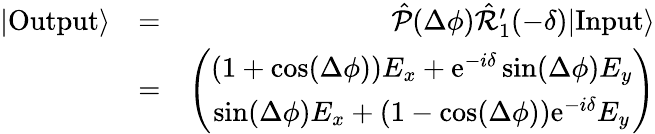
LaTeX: \begin{array}{rlr}{|\mathrm{Output}\rangle}&{=}&{\hat{\mathcal{P}}(\Delta\phi)\hat{\mathcal{R}}_{1}^{\prime}(-\delta)|\mathrm{Input}\rangle}\\ &{=}&{\left(\begin{array}{c}{(1+\cos(\Delta\phi))E_{x}+\mathrm{e}^{-i\delta}\sin(\Delta\phi)E_{y}}\\ {\sin(\Delta\phi)E_{x}+(1-\cos(\Delta\phi))\mathrm{e}^{-i\delta}E_{y}}\end{array}\right)}\end{array}